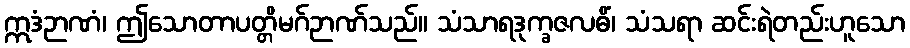
ဣဒံဉာဏံ၊ ဤသောတာပတ္တိမဂ်ဉာဏ်သည်။ သံသာရဒုက္ခဇလဓိံ၊ သံသရာ ဆင်းရဲတည်းဟူသော